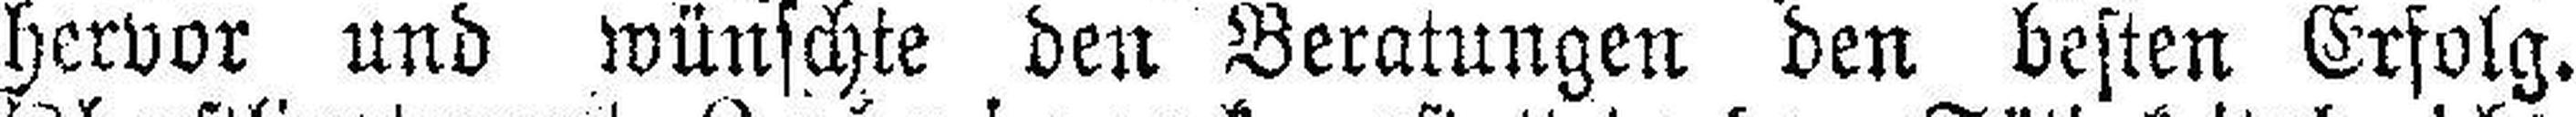
hervor und wünschte den Beratungen den besten Erfolg.